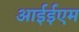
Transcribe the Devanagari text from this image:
आईईएम